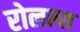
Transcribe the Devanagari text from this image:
रोलल्स